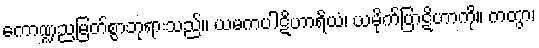
ကောဏ္ဍညမြတ်စွာဘုရားသည်။ ယမကပါဋိဟာရိယံ၊ ယမိုက်ပြာဋိဟာကို။ ကတွာ၊